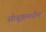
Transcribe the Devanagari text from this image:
सोयूझमधील